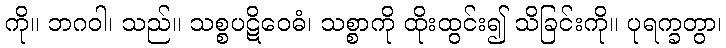
ကို။ ဘဂဝါ၊ သည်။ သစ္စပဋိဝေဓံ၊ သစ္စာကို ထိုးထွင်း၍ သိခြင်းကို။ ပုရက္ခတွာ၊